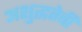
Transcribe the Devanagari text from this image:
अशुद्धतेची